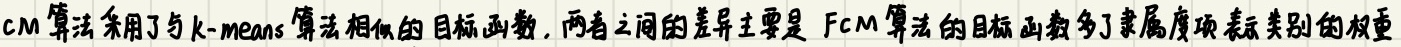
FCM算法采用了与k - means算法相似的目标函数，两者之间的差异主要是FCM算法的目标函数多了隶属度项表示类别的权重